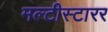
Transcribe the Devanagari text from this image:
मल्टीस्टारर